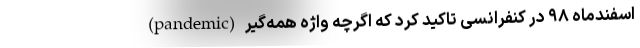
اسفندماه ۹۸ در کنفرانسی تاکید کرد که اگرچه واژه همه‌گیر (pandemic)